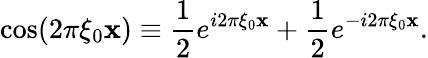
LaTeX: \cos(2\pi\xi_{0}\mathbf{x})\equiv{\frac{{1}}{{2}}}e^{i2\pi\xi_{0}\mathbf{x}}+{\frac{{1}}{{2}}}e^{-i2\pi\xi_{0}\mathbf{x}}.